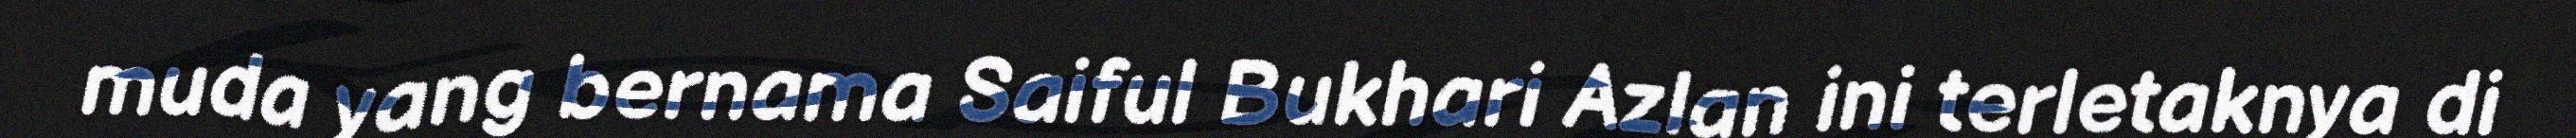
muda yang bernama Saiful Bukhari Azlan ini terletaknya di